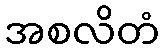
အစလိတံ